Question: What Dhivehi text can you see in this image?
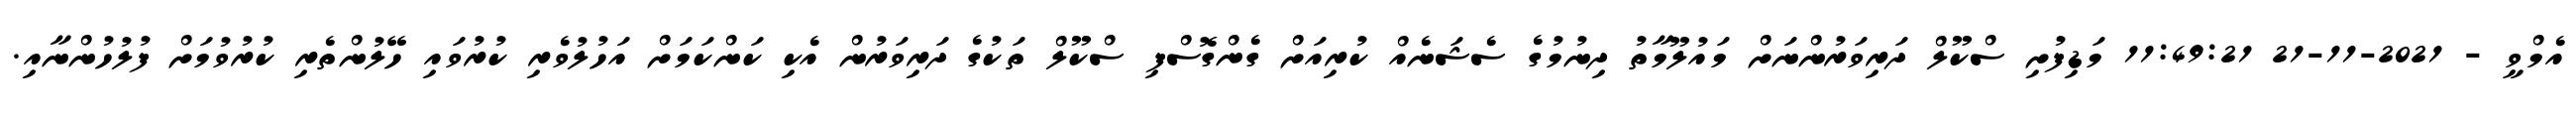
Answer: އެމްވީ - 2021-11-21 11:49:21 މަޑިފުށި ސްކޫލް ދަރިވަރުންނަށް މައުލޫމާތު ދިނުމުގެ ސެޝަނެއް ކުރިއަށް ގެންގޮސްފި ސްކޫލް ތަކުގެ ދަރިވަރުން އެކި ކަންކަމަށް އަހުލުވެރި ކުރުވައި ހޭލުންތެރި ކުރުވުމަށް ފުލުހުންނާއި.